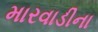
મારવાડીના